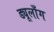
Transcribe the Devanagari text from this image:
ड्यूलाँग